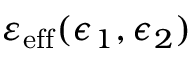
\varepsilon _ { \mathrm { e f f } } ( \epsilon _ { 1 } , \epsilon _ { 2 } )